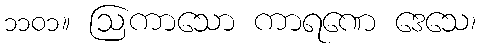
၁၁၀၁။ ဩကာသော ကာရဏေ ဒေသေ၊